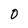
Character: 0